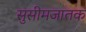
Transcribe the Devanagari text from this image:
सुसीमजातक